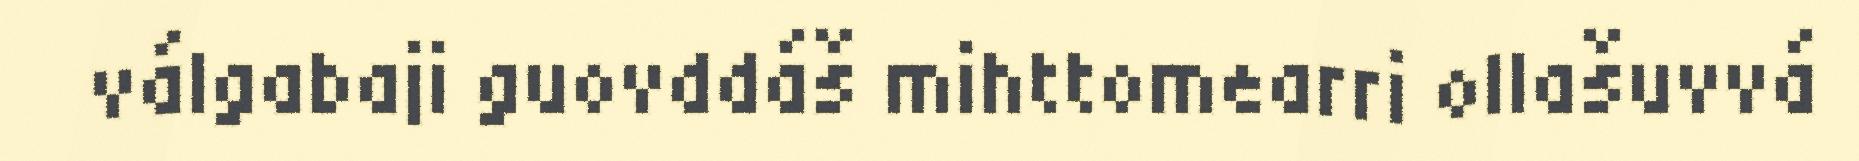
válgabaji guovddáš mihttomearri ollašuvvá